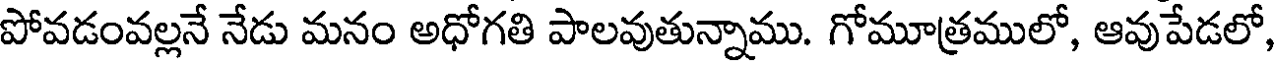
పోవడంవల్లనే నేడు మనం అధోగతి పాలవుతున్నాము. గోమూత్రములో, ఆవుపేడలో,